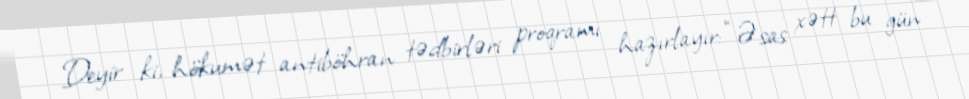
Deyir ki, hökumət antiböhran tədbirləri proqramı hazırlayır: “Əsas xətt bu gün